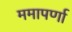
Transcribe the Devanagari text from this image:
ममापर्णा